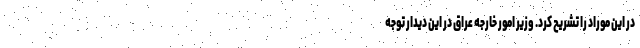
در این موراد را تشریح کرد. وزیر امور خارجه عراق در این دیدار توجه